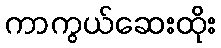
ကာကွယ်ဆေးထိုး